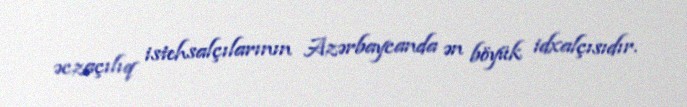
əczaçılıq istehsalçılarının Azərbaycanda ən böyük idxalçısıdır.